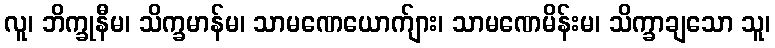
လူ၊ ဘိက္ခုနီမ၊ သိက္ခမာန်မ၊ သာမဏေယောက်ျား၊ သာမဏေမိန်းမ၊ သိက္ခာချသော သူ၊